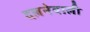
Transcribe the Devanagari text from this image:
दलनेवाली